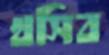
খসিব